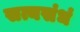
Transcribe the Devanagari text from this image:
सत्यसंधं